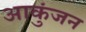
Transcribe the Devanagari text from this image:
आकुंजन